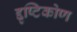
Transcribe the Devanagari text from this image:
द्दृष्टिकोण